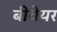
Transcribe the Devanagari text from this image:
बीवेयर